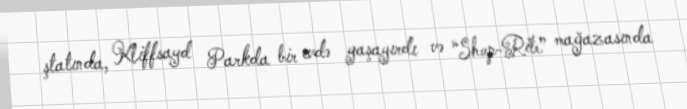
ştatında, Kliffsayd Parkda bir evdə yaşayırdı və “Shop-Rite” mağazasında